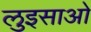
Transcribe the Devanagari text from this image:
लुइसाओ